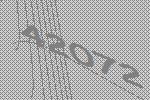
42072